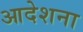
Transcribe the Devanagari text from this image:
आदेशना